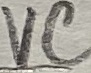
Text: VC